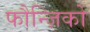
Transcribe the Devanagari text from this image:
फौन्ज़िको